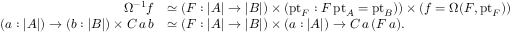
\begin{array} { r l } { \Omega ^ { - 1 } f } & { \simeq ( F : | A | \to | B | ) \times ( \mathrm { p t } _ { F } : F \, \mathrm { p t } _ { A } = \mathrm { p t } _ { B } ) ) \times ( f = \Omega ( F , \mathrm { p t } _ { F } ) ) } \\ { ( a : | A | ) \to ( b : | B | ) \times C \, a \, b } & { \simeq ( F : | A | \to | B | ) \times ( a : | A | ) \to C \, a \, ( F \, a ) . } \end{array}